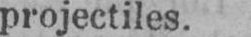
projectiles.